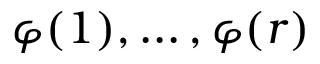
\varphi ( 1 ) , \ldots , \varphi ( r )